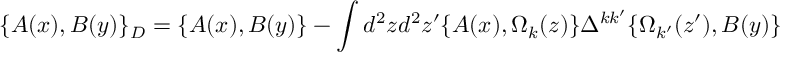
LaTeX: \{ A ( x ) , B ( y ) \} _ { D } = \{ A ( x ) , B ( y ) \} - \int d ^ { 2 } z d ^ { 2 } z ^ { \prime } \{ A ( x ) , \Omega _ { k } ( z ) \} \Delta ^ { k k ^ { \prime } } \{ \Omega _ { k ^ { \prime } } ( z ^ { \prime } ) , B ( y ) \}